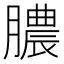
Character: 膿